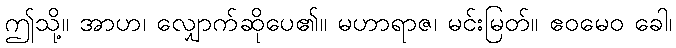
ဤသို့။ အာဟ၊ လျှောက်ဆိုပေ၏။ မဟာရာဇ၊ မင်းမြတ်။ ဧဝမေဝ ခေါ၊